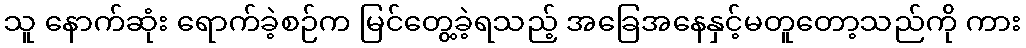
သူ နောက်ဆုံး ရောက်ခဲ့စဉ်က မြင်တွေ့ခဲ့ရသည့် အခြေအနေနှင့်မတူတော့သည်ကို ကား